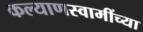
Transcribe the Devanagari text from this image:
कल्याणस्वामींच्या